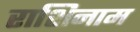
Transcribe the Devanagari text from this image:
राशिनाम